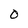
Character: O